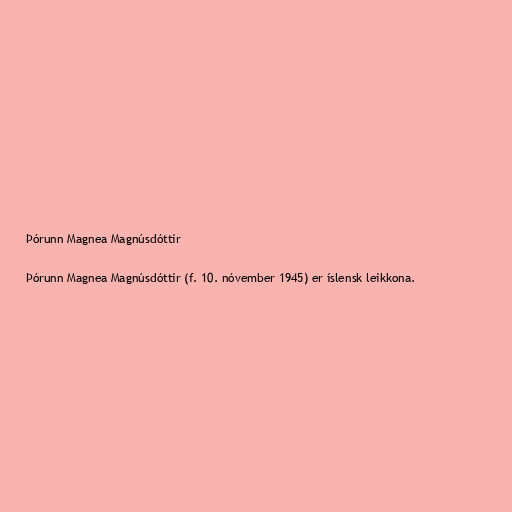
Þórunn Magnea Magnúsdóttir

Þórunn Magnea Magnúsdóttir (f. 10. nóvember 1945) er íslensk leikkona.